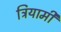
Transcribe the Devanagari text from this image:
त्रियामी